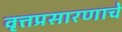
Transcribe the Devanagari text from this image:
वृत्तप्रसारणाचे